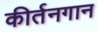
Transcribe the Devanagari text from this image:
कीर्तनगान